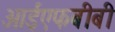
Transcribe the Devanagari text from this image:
आईएफबीबी